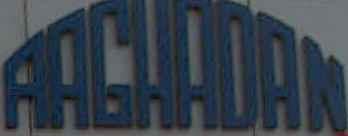
FACHADAN